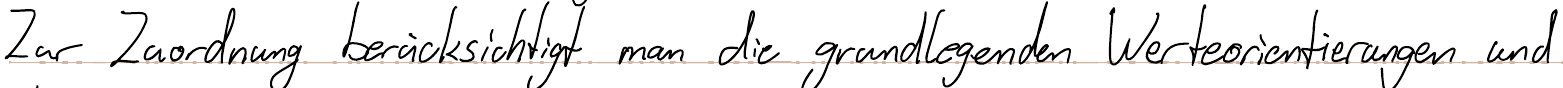
Zur Zuordnung berücksichtigt man die grundlegenden Werteorientierungen und